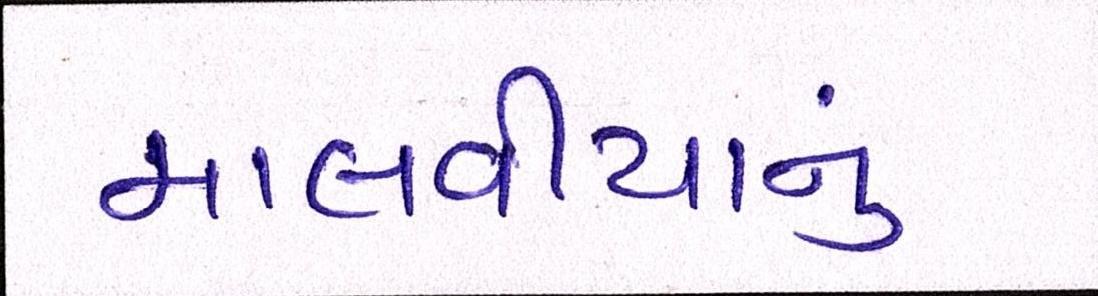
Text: માલવીયાનું